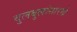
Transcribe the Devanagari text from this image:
बुलबुलांसारखे